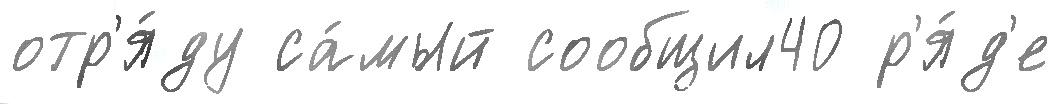
отр'я́ду са́мый сообщил40 р'я́д'е